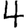
Digit: 4